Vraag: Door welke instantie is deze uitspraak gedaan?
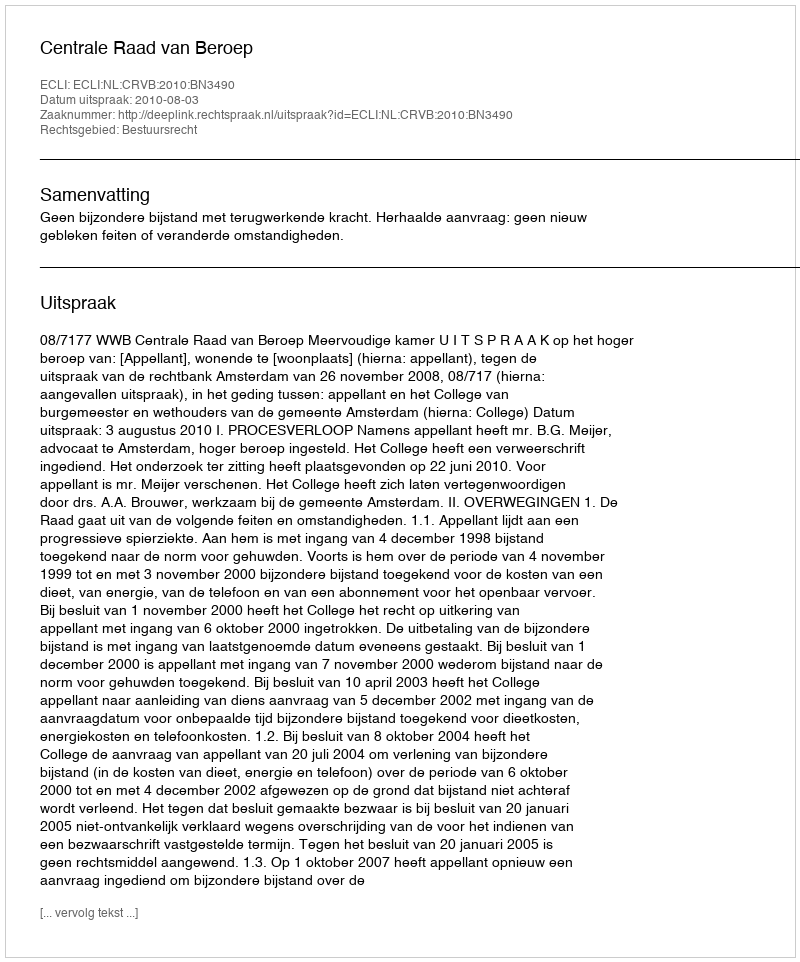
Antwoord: Centrale Raad van Beroep